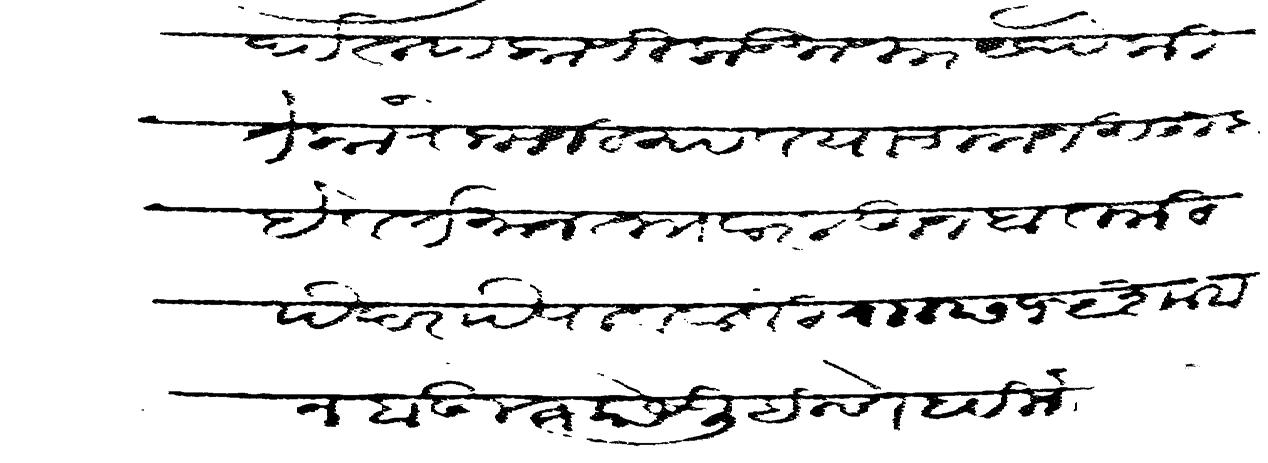
Transliteration (Devanagari): तीर्थरूप कोणीकडे जाणार येथे की तेका रोजानी यावयाचा मनसुबा हे वर्तमान त वार लेहून बातमी पैदर पै पाववावी र छ१५ शाबान बहुत काये लिहिणे ह विनंती